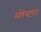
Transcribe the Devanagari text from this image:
मोरेस्टान